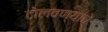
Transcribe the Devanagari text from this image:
टोलवण्याचे